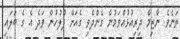
ތަނެވެ. ނާޒިމް ދިރިއުޅުއްވަމުން ގެންދެވި ގެއަށް ފުލުހުން ވަދެ އެ ގެ ބަލައި